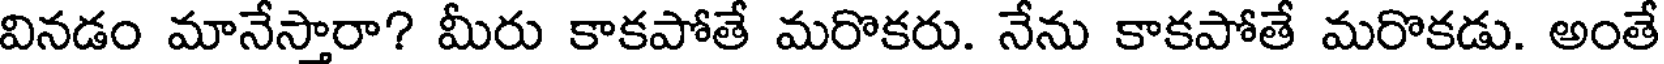
వినడం మానేస్తారా? మీరు కాకపోతే మరొకరు. నేను కాకపోతే మరొకడు. అంతే